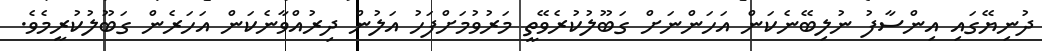
ދުނިޔޭގައި އިންސާފު ނުލިބޭނެކަން އަހަންނަށް ގަބޫލުކުރެވޭތީ މަރުވުމަށްފަހު އަލުން ދިރުއްވާނެކަން އަހަރެން ގަބޫލުކުރީމެވެ.